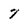
Character: 7